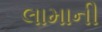
લામાની